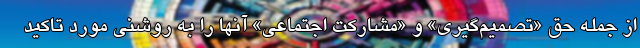
از جمله حق «تصميم‌گيري» و «مشاركت اجتماعي» آنها را به روشني مورد تاكيد